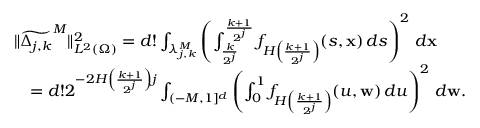
\begin{array} { r l } & { \| \widetilde { \Delta _ { j , k } } ^ { M } \| _ { L ^ { 2 } ( \Omega ) } ^ { 2 } = d ! \int _ { \lambda _ { j , k } ^ { M } } \left( \int _ { \frac { k } { 2 ^ { j } } } ^ { \frac { k + 1 } { 2 ^ { j } } } f _ { H \left( \frac { k + 1 } { 2 ^ { j } } \right) } ( s , \mathbf { x } ) \, d s \right) ^ { 2 } \, d \mathbf { x } } \\ & { \quad = d ! 2 ^ { - 2 H \left( \frac { k + 1 } { 2 ^ { j } } \right) j } \int _ { ( - M , 1 ] ^ { d } } \left( \int _ { 0 } ^ { 1 } f _ { H \left( \frac { k + 1 } { 2 ^ { j } } \right) } ( u , \mathbf { w } ) \, d u \right) ^ { 2 } \, d \mathbf { w } . } \end{array}